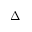
\Delta